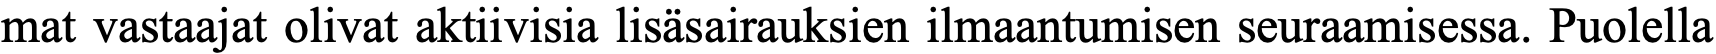
mat vastaajat olivat aktiivisia lisäsairauksien ilmaantumisen seuraamisessa. Puolella